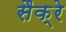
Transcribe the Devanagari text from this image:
सैक्रे